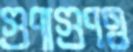
গুণাগুণও